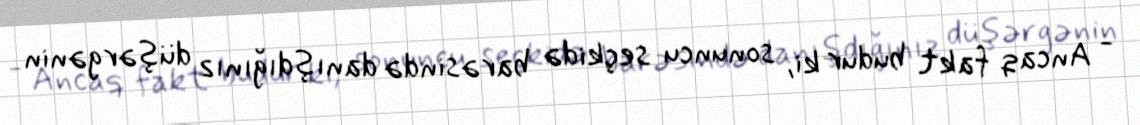
- Ancaq fakt budur ki, sonuncu seçkidə barəsində danışdığınız düşərgənin